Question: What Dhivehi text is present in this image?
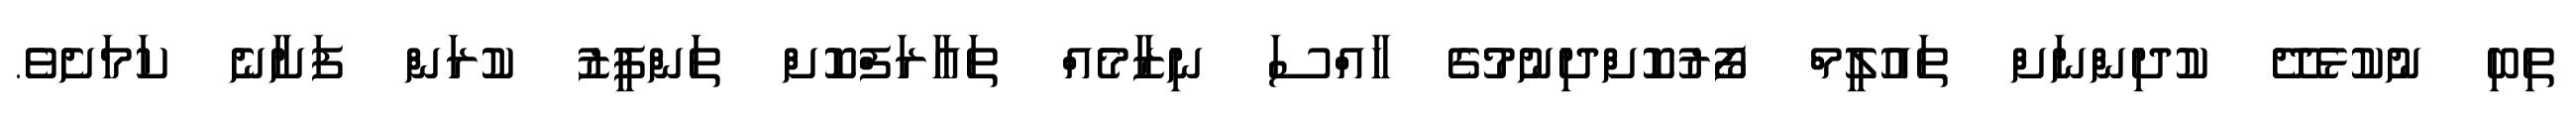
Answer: ތިބި ނުކުޅެދޭ ކުދިންނަށް ތައުލީމް ފޯރުކޮށްދިނުމުގެ ހާއްސަ ނިޒާމެއް ތައާރަފްކޮށް ތަންފީޒު ކުރަން ފަށާނެ ކަމަށެވެ.